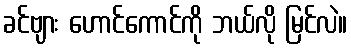
ခင်ဗျား ဟောင်ကောင်ကို ဘယ်လို မြင်လဲ။